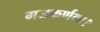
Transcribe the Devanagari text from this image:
गजकर्णकः।